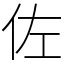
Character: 佐